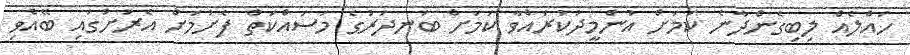
ހައްލެއް ލިބިގެންދާނެ ކަަމަށް އުންމީދުކުރައްވާ ކަމަށް ބަނދަރުގެ މަސައްކަތް ފެށުމަށް އެރަށުގައި ބޭއްވި